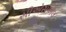
સીએસએલ